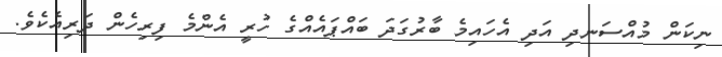
ނިކަން މުއްސަނދި އަދި އެހައިމެ ބާރުގަދަ ބައްޕައެއްގެ ހުރީ އެންމެ ފިރިހެން ދަރިއެކެވެ.